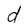
Character: d